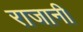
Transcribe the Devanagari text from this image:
राजानी